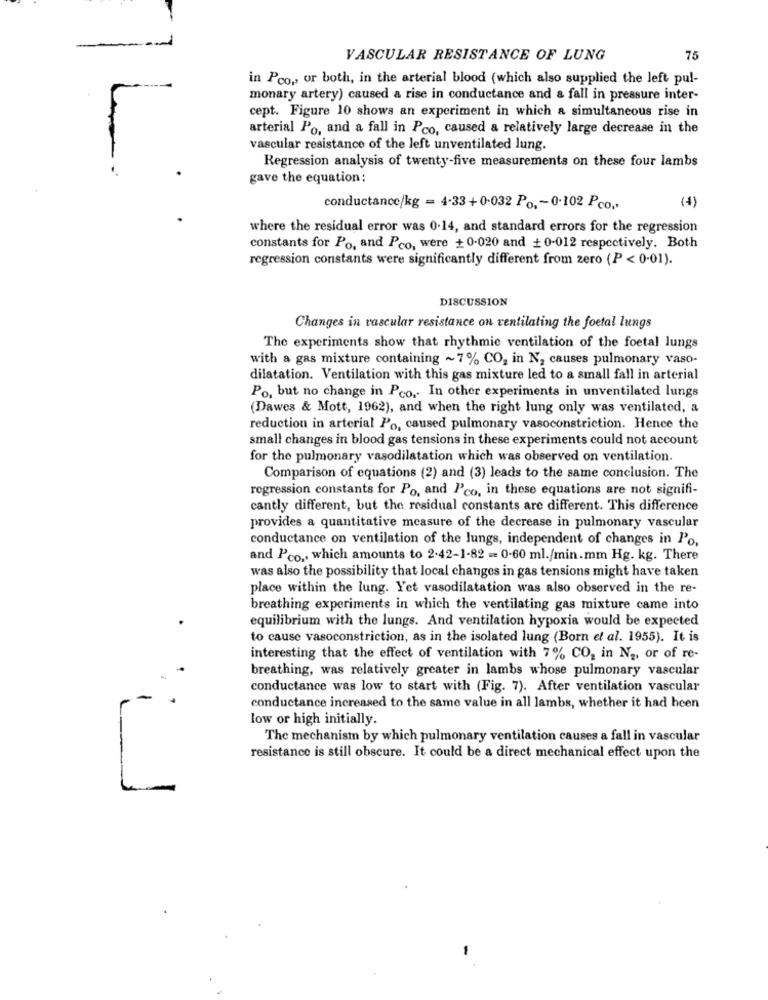
--
VASCULAR RESISTANCE OF LUNG
75
in Pco ., or both, in the arterial blood (which also supplied the left pul-
monary artery) caused a rise in conductance and & fall in pressure inter-
cept. Figure 10 shows an experiment in which a simultaneous rise in
arterial Po, and a fall in Pco, caused a relatively large decrease in the
vascular resistance of the left unventilated lung.
Regression analysis of twenty-five measurements on these four lambs
gave the equation:
(4)
conductance/kg = 4-33 + 0.032 Po ,~ 0.102 Pco.
where the residual error was 0.14, and standard errors for the regression
constants for Po, and Pco, were + 0-020 and +0-012 respectively. Both
regression constants were significantly different from zero (P < 0-01).
DISCUSSION
Changes in vascular resistance on ventilating the foetal lungs
The experiments show that rhythmic ventilation of the foetal lungs
with a gas mixture containing ~ 7% CO, in N, causes pulmonary vaso-
dilatation. Ventilation with this gas mixture led to a small fall in arterial
Po, but no change in Pco. In other experiments in unventilated lungs
(Dawes & Mott, 1962), and when the right lung only was ventilated, a
reduction in arterial Po, caused pulmonary vasoconstriction. Hence the
small changes in blood gas tensions in these experiments could not account
for the pulmonary vasodilatation which was observed on ventilation.
Comparison of equations (2) and (3) leads to the same conclusion. The
regression constants for Po, and l'co, in these equations are not signifi-
cantly different, but the residual constants are different. This difference
provides a quantitative measure of the decrease in pulmonary vascular
conductance on ventilation of the lungs, independent of changes in Po,
and Pco ., which amounts to 2-42-1-82 - 0-60 ml./min.mm Hg. kg. There
was also the possibility that local changes in gas tensions might have taken
place within the lung. Yet vasodilatation was also observed in the re-
breathing experiments in which the ventilating gas mixture came into
equilibrium with the lungs. And ventilation hypoxia would be expected
to cause vasoconstriction, as in the isolated lung (Born et al. 1955). It is
interesting that the effect of ventilation with 7% CO2 in N2, or of re-
breathing, was relatively greater in lambs whose pulmonary vascular
-
conductance was low to start with (Fig. 7). After ventilation vascular
-
conductance increased to the same value in all lambs, whether it had been
low or high initially.
The mechanism by which pulmonary ventilation causes a fall in vascular
resistance is still obscure. It could be a direct mechanical effect upon the